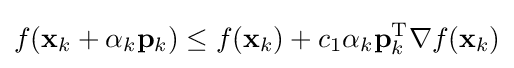
f(\mathbf {x} _{k}+\alpha _{k}\mathbf {p} _{k})\leq f(\mathbf {x} _{k})+c_{1}\alpha _{k}\mathbf {p} _{k}^{\mathrm {T} }\nabla f(\mathbf {x} _{k})